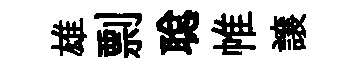
雄剽聪帷譲